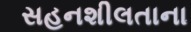
સહનશીલતાના